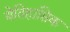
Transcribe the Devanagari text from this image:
येतिहासिक